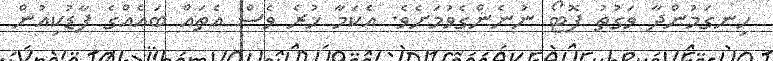
ހިނގަމުންދާ ވަގުތު ފޮޓޯ ނުނެންގެވުމަށެވެ. އެކަމާ ހުރެ ވެސް އެތައް ބައެއްގެ ފާޑުކިއުން